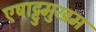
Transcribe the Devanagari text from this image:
एषाट्टुमुखम